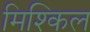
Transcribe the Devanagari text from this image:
मिश्किल